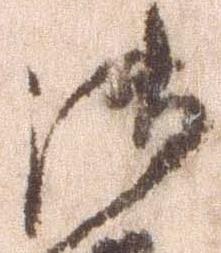
御